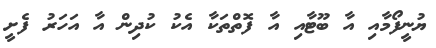
ޔުނީފޯމާއި އާ ބޫޓާއި އާ ފޮތްތަކާ އެކު ކުދިން އާ އަހަރު ފެށީ